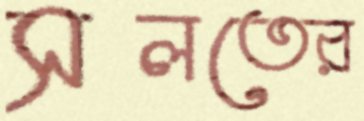
সলতের